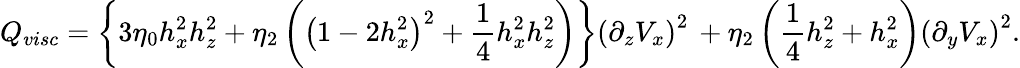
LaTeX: Q_{visc}=\left\{ 3\eta_{0}h_{x}^{2}h_{z}^{2}+\eta_{2}\left(\left(1-2h_{x}^{2}\right)^{2}+\frac{1}{4}h_{x}^{2}h_{z}^{2}\right)\right\} \left(\partial_{z}V_{x}\right)^{2}\, +\eta_{2}\left(\frac{1}{4}h_{z}^{2}+h_{x}^{2}\right)\left(\partial_{y}V_{x}\right)^{2}.